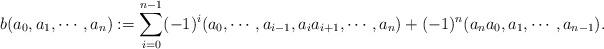
LaTeX: \begin{align*}b(a_0, a_1,\cdots, a_n):=\sum_{i=0}^{n-1}(-1)^i(a_0, \cdots, a_{i-1}, a_ia_{i+1},\cdots, a_n)+(-1)^{n}(a_na_0, a_1,\cdots, a_{n-1}).\end{align*}